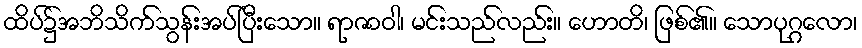
ထိပ်၌အဘိသိက်သွန်းအပ်ပြီးသော။ ရာဇာဝါ၊ မင်းသည်လည်း။ ဟောတိ၊ ဖြစ်၏။ သောပုဂ္ဂလော၊